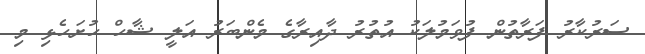
ސަރުކާރު ފަރާތުން ފުވަމުލަކު އުތުރު ދާއިރާގެ މެންބަރު އަލީ ޝާހް ހުށަހެޅި މި